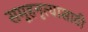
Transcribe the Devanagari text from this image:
समूहनृत्यासाठी